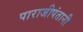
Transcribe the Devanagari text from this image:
पाराजीपंतानी